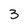
Character: 3